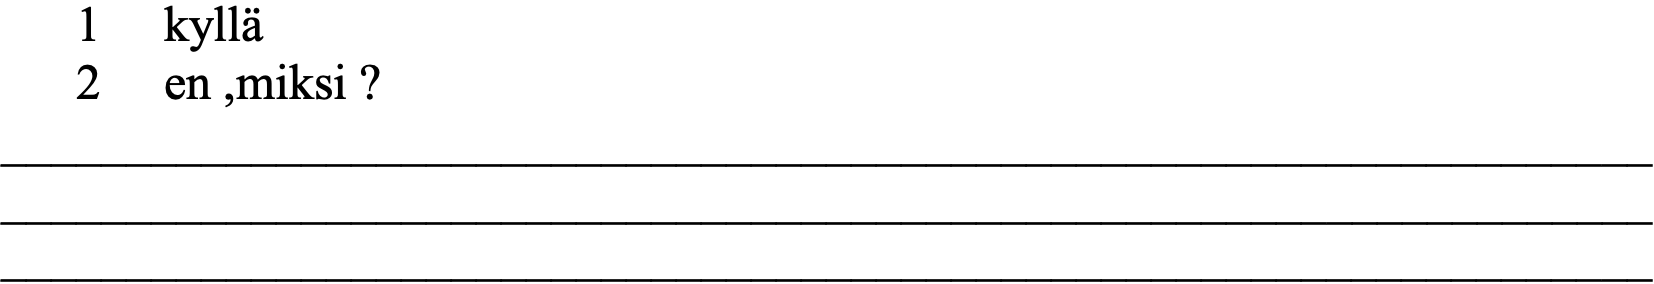
1  kyllä 2  en ,miksi ? __________________________________________________________________ __________________________________________________________________ __________________________________________________________________